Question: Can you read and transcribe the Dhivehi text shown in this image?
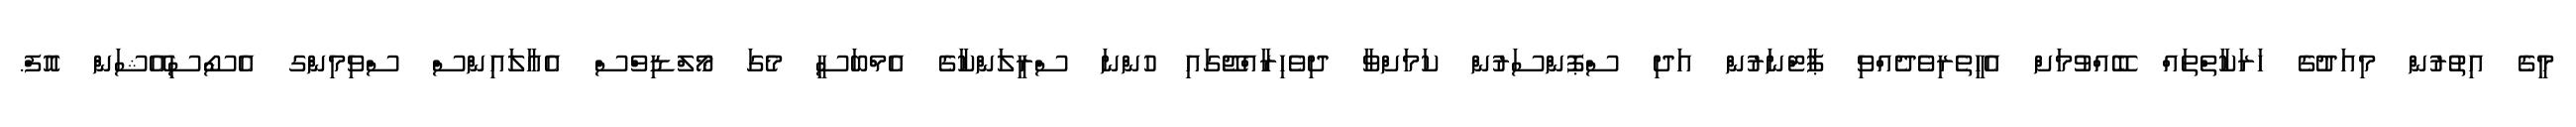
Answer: މީގެ އިތުރުން މިއަދުގެ ހަރަކާތްތައް ބޭއްވުމަށް އެހީތެރިވެދެއްވި ޕާޓްނަރުން އަދި ސްޕޮންސަރުން ކަމަށްވާ ދިވެހިރާއްޖޭގައި ހުންނަ ސްރީލަންކާގެ އެމްބަސީ މެގަ މޯލްޑިވްސް އެއާލައިންސް ސްވިމިންގ އެސޯސިއޭޝަން އޮފް.